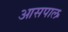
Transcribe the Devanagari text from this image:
आसपाल